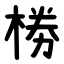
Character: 椦